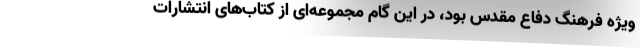
ویژه فرهنگ دفاع مقدس بود، در این گام مجموعه‌ای از کتاب‌های انتشارات